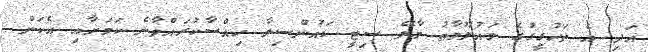
އަދި އެ ތަހުގީގުގެ މައުލޫމާތު މާލޭ ސިޓީ ކައުންސިލާ ހިއްސާކުރައްވާނެ ކަމަށާއި އެކަން